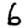
Digit: 6